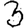
Digit: 3